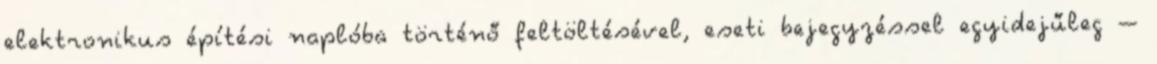
elektronikus építési naplóba történő feltöltésével, eseti bejegyzéssel egyidejűleg –